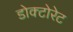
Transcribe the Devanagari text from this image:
डोक्टोरेट